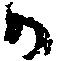
か